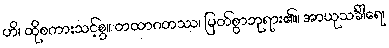
ဟိ၊ ထိုစကားသင့်စွ။ တထာဂတဿ၊ မြတ်စွာဘုရား၏။ အာယုသင်္ခါရေ၊